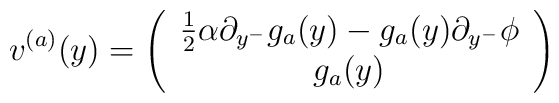
v^{(a)}(y)= \left(\begin{array}{c}{1\over 2}\alpha\partial_{y^-}g_a(y)- g_a(y)\partial_{y^-}\phi \\g_a(y)\end{array}\right)